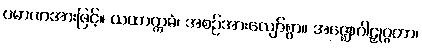
ပမာဏအားဖြင့်။ ယထာက္ကမံ၊ အစဉ်အားလျော်စွာ။ အဇ္ဈောဂါဠှုဂ္ဂတာ၊